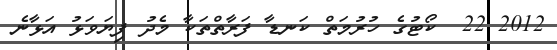
2012 22  ކޯޓުގެ ހުރުމަތް ކަނޑާ ފަރާތްތަކާ މެދު ފިޔަވަޅު އަޅާނެ